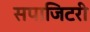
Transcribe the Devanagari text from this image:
सपाजिटरी